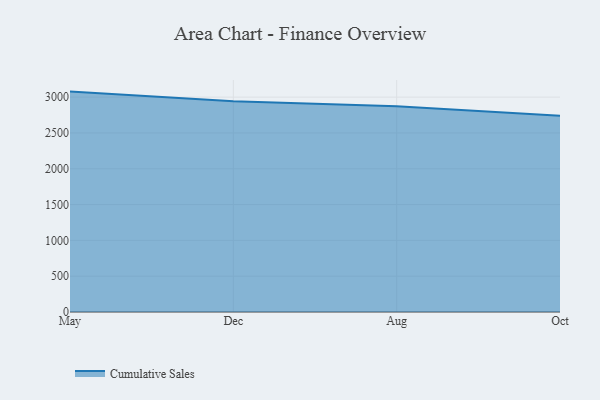
{"axis": {"x": "Month", "y": "Satisfaction Score"}, "legend": ["Cumulative Sales"], "data": [{"x": "May", "y": 3077.2, "type": "Cumulative Sales"}, {"x": "Dec", "y": 2943.4, "type": "Cumulative Sales"}, {"x": "Aug", "y": 2872.8, "type": "Cumulative Sales"}, {"x": "Oct", "y": 2738.7, "type": "Cumulative Sales"}]}